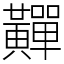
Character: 䵐